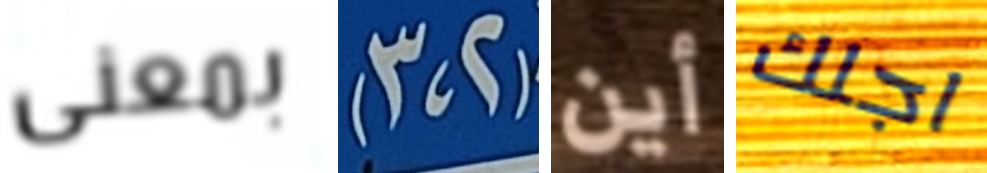
بمعنى (2،3) أين اجلك